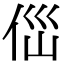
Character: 㑎